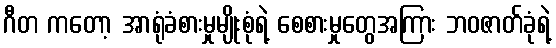
ဂီတ ကတော့ အာရုံခံစားမှုမျိုးစုံရဲ့ စေစားမှုတွေအကြား ဘဝဇာတ်ခုံရဲ့